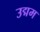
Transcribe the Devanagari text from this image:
उद्मम